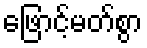
ဖြောင့်မတ်စွာ